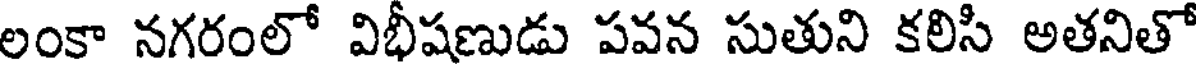
లంకా నగరంలో విభీషణుడు పవన సుతుని కలిసి అతనితో